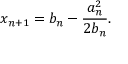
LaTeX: x _ { n + 1 } = b _ { n } - { \frac { a _ { n } ^ { 2 } } { 2 b _ { n } } } .